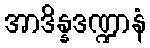
အာဒိန္နဒဏ္ဍာနံ